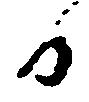
日